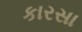
કારસા